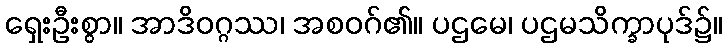
ရှေးဦးစွာ။ အာဒိဝဂ္ဂဿ၊ အစဝဂ်၏။ ပဌမေ၊ ပဌမသိက္ခာပုဒ်၌။